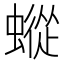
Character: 䗥